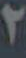
٢